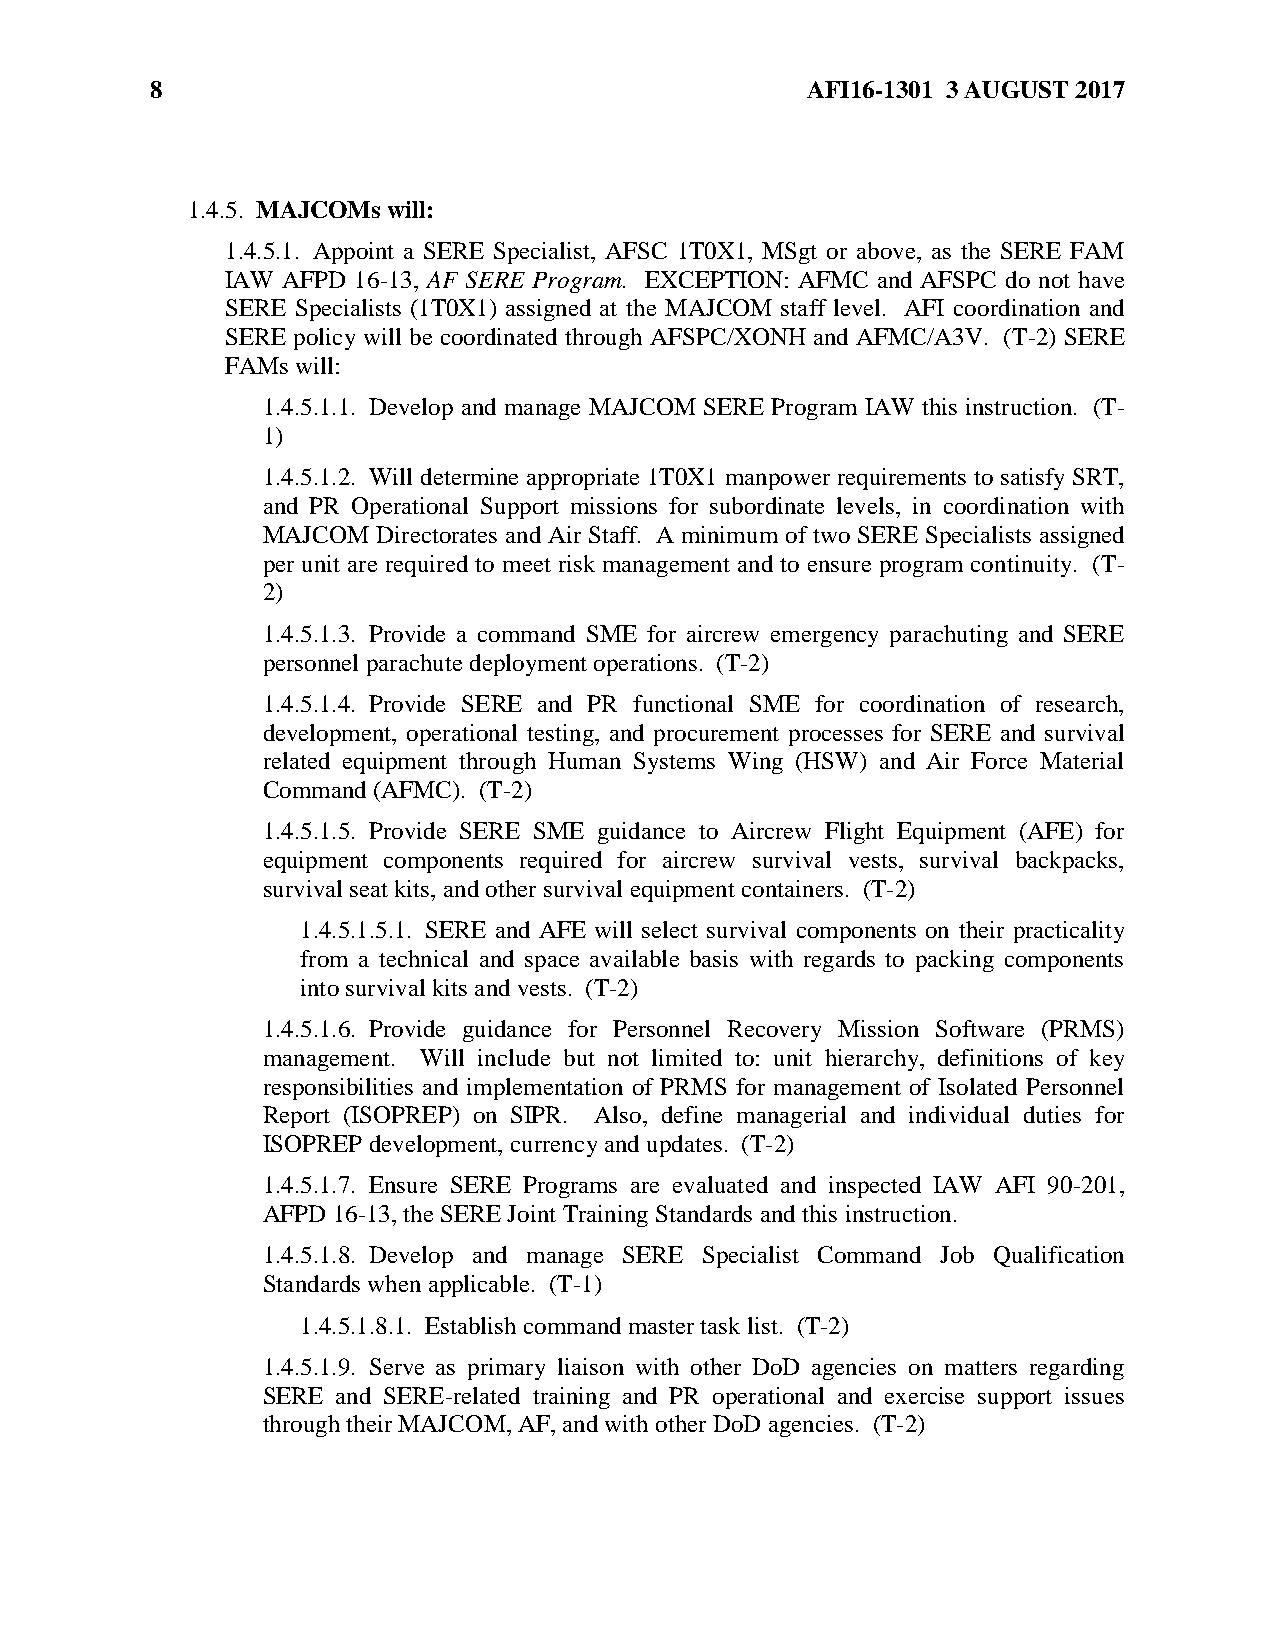
8                                          AFI16-1301 3 AUGUST 2017
 1.4.5. MAJCOMs will:
 1.4.5.1. Appoint a SERE Specialist, AFSC 1T0X1, MSgt or above, as the SERE FAM
 IAW AFPD 16-13, AF SERE Program. EXCEPTION: AFMC and AFSPC do not have
 SERE Specialists (1T0X1) assigned at the MAJCOM staff level. AFI coordination and
 SERE policy will be coordinated through AFSPC/XONH and AFMC/A3V. (T-2) SERE
 FAMs will:
 1.4.5.1.1. Develop and manage MAJCOM SERE Program IAW this instruction. (T-
 1)
 1.4.5.1.2. Will determine appropriate 1T0X1 manpower requirements to satisfy SRT,
 and PR Operational Support missions for subordinate levels, in coordination with
 MAJCOM  Directorates and Air Staff. A minimum of two SERE Specialists assigned
 per unit are required to meet risk management and to ensure program continuity. (T-
 2)
 1.4.5.1.3. Provide a command SME for aircrew emergency parachuting and SERE
 personnel parachute deployment operations. (T-2)
 1.4.5.1.4. Provide SERE and PR functional SME for coordination of research,
 development, operational testing, and procurement processes for SERE and survival
 related equipment through Human Systems Wing (HSW) and Air Force Material
 Command (AFMC). (T-2)
 1.4.5.1.5. Provide SERE SME guidance to Aircrew Flight Equipment (AFE) for
 equipment components required for aircrew survival vests, survival backpacks,
 survival seat kits, and other survival equipment containers. (T-2)
 1.4.5.1.5.1. SERE and AFE will select survival components on their practicality
 from a technical and space available basis with regards to packing components
 into survival kits and vests. (T-2)
 1.4.5.1.6. Provide guidance for Personnel Recovery Mission Software (PRMS)
 management. Will include but not limited to: unit hierarchy, definitions of key
 responsibilities and implementation of PRMS for management of Isolated Personnel
 Report (ISOPREP) on SIPR. Also, define managerial and individual duties for
 ISOPREP development, currency and updates. (T-2)
 1.4.5.1.7. Ensure SERE Programs are evaluated and inspected IAW AFI 90-201,
 AFPD 16-13, the SERE Joint Training Standards and this instruction.
 1.4.5.1.8. Develop and manage SERE Specialist Command Job Qualification
 Standards when applicable. (T-1)
 1.4.5.1.8.1. Establish command master task list. (T-2)
 1.4.5.1.9. Serve as primary liaison with other DoD agencies on matters regarding
 SERE and SERE-related training and PR operational and exercise support issues
 through their MAJCOM, AF, and with other DoD agencies. (T-2)